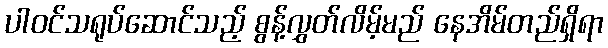
ပါဝင်သရုပ်ဆောင်သည့် စွန့်လွှတ်လိမ့်မည် နေအိမ်တည်ရှိရာ